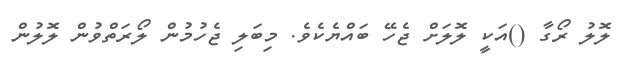
ލޮލު ރޯގާ ()އަކީ ލޮލަށް ޖެހޭ ބައްޔެކެވެ. މިބަލި ޖެހުމުން ލޯރަތްވުން ލޮލުން